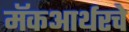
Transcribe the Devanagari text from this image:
मॅकआर्थरचे